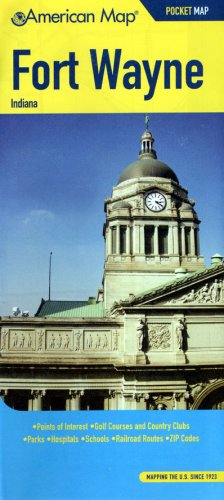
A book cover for American Map Fort Wayne, in Pocket Map; Travel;